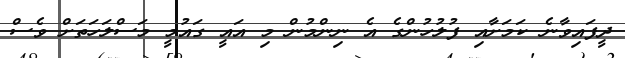
ދީފައިވާނެ ކަމަށާއި ފުލުހުންގެ އެ ނިންމުން މި އައީ ގައުމީ މަސްލަހަތަށް ވެސް